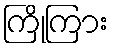
ကြိုကြား